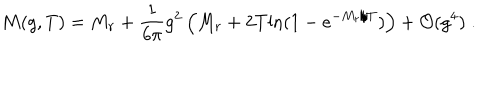
M ( g , T ) = M _ { r } + \frac { 1 } { 6 \pi } g ^ { 2 } \left( M _ { r } + 2 T \mathrm { l n } ( 1 - e ^ { - M _ { r } / T } ) \right) + { \cal O } ( g ^ { 4 } ) \; .